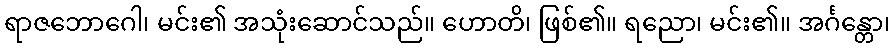
ရာဇဘောဂေါ၊ မင်း၏ အသုံးဆောင်သည်။ ဟောတိ၊ ဖြစ်၏။ ရညော၊ မင်း၏။ အင်္ဂန္တော၊